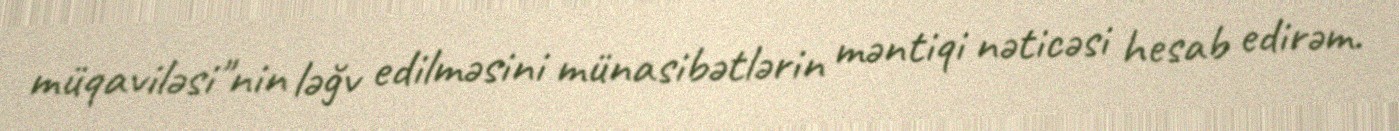
müqaviləsi"nin ləğv edilməsini münasibətlərin məntiqi nəticəsi hesab edirəm.